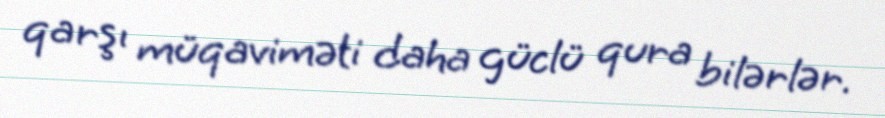
qarşı müqaviməti daha güclü qura bilərlər.